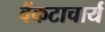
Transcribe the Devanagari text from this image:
वैंकटाचार्य